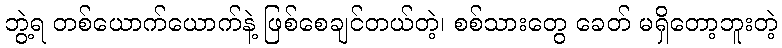
ဘွဲ့ရ တစ်ယောက်ယောက်နဲ့ ဖြစ်စေချင်တယ်တဲ့၊ စစ်သားတွေ ခေတ် မရှိတော့ဘူးတဲ့